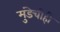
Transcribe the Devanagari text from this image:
मुंडेचीही